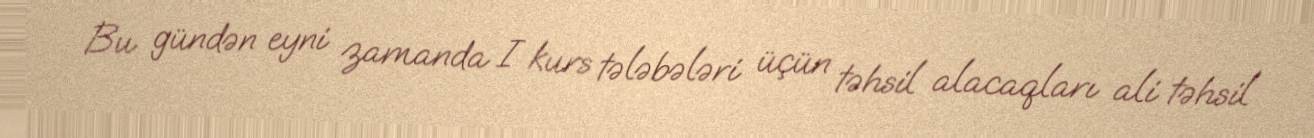
Bu gündən eyni zamanda I kurs tələbələri üçün təhsil alacaqları ali təhsil